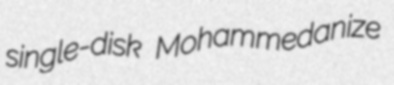
single-disk Mohammedanize